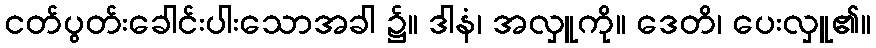
ငတ်ပွတ်းခေါင်းပါးသောအခါ ၌။ ဒါနံ၊ အလှူကို။ ဒေတိ၊ ပေးလှူ၏။